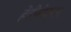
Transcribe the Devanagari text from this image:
हेंडीमेक्स